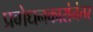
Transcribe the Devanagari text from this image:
प्रबोधनकारांनंतर